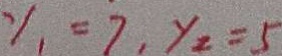
y _ { 1 } = 7 , y _ { 2 } = 5